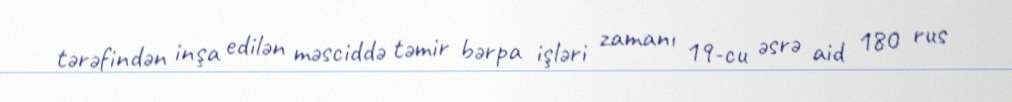
tərəfindən inşa edilən məsciddə təmir bərpa işləri zamanı 19-cu əsrə aid 180 rus